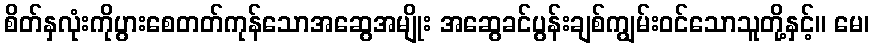
စိတ်နှလုံးကိုပွားစေတတ်ကုန်သောအဆွေအမျိုး အဆွေခင်ပွန်းချစ်ကျွမ်းဝင်သောသူတို့နှင့်။ မေ၊